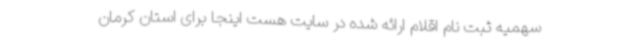
سهمیه ثبت نام اقلام ارائه شده در سایت هست اینجا برای استان کرمان